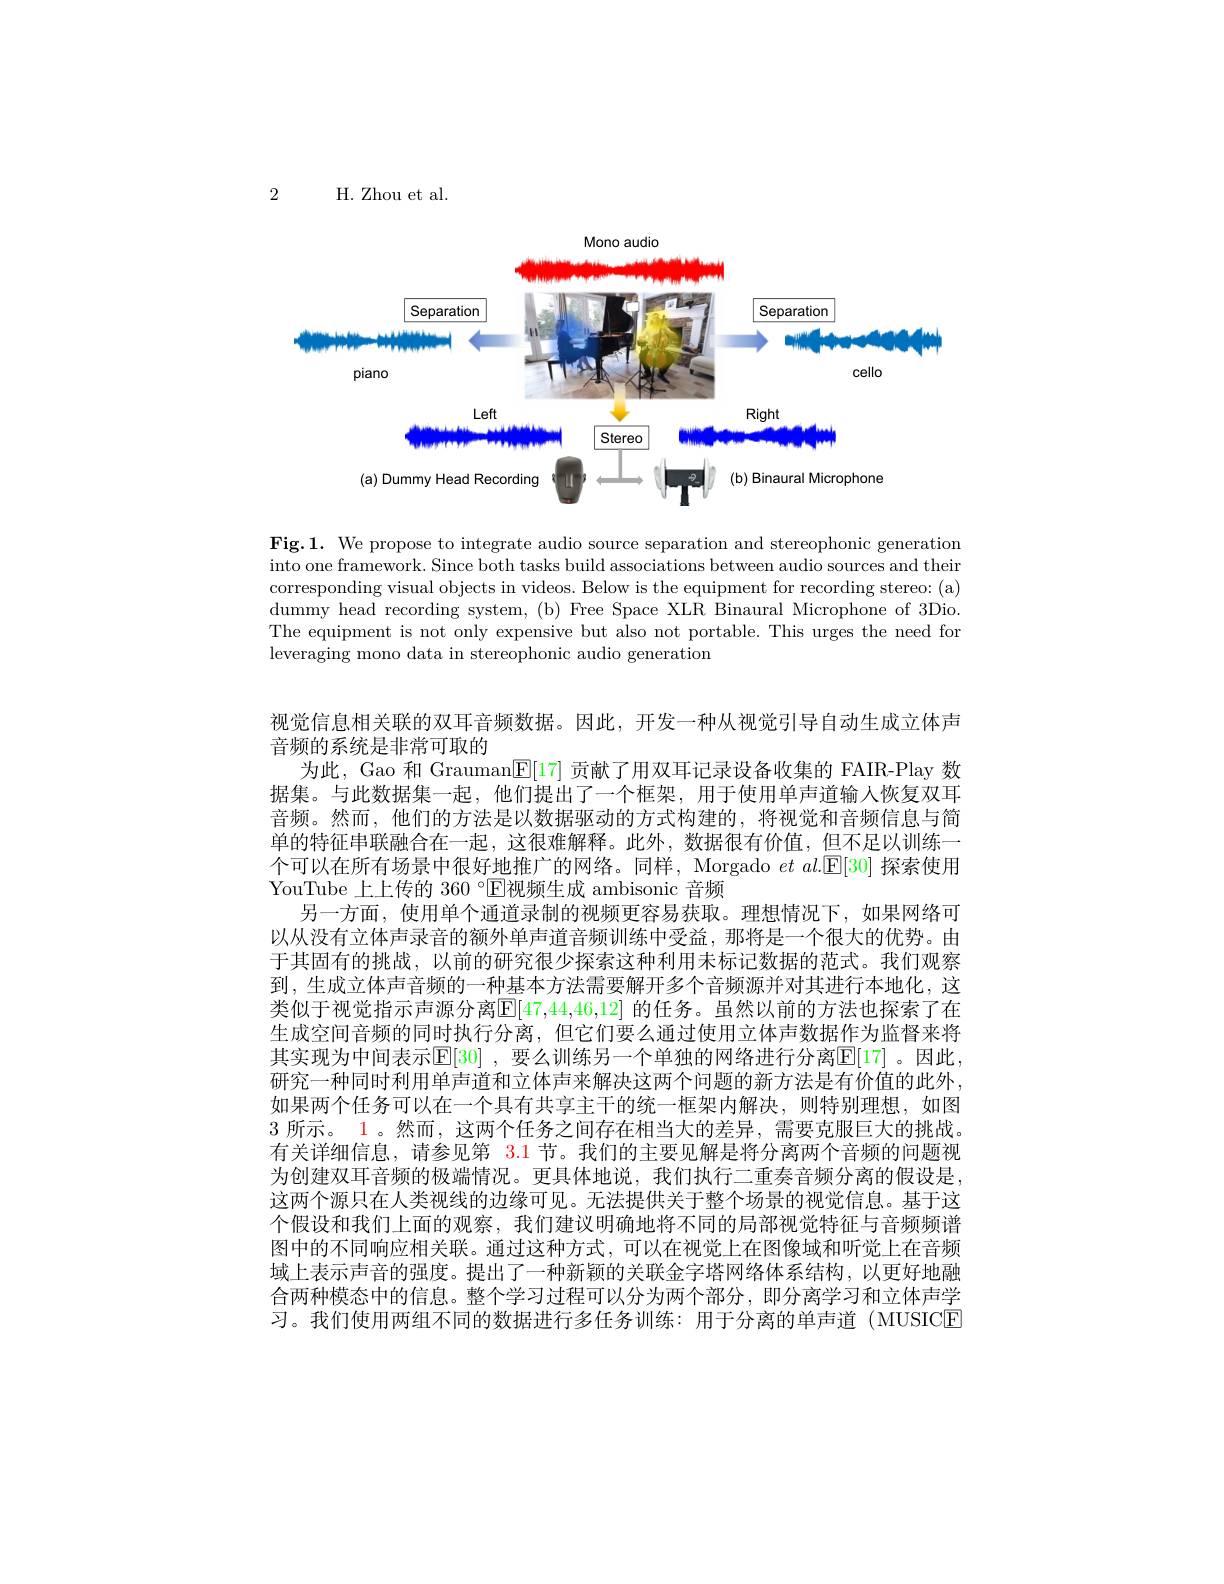
2

H. Zhou et al.

<FigureHere>

Fig.1. We propose to integrate audio source separation and stereophonic generation into one framework. Since both tasks build associations between audio sources and their corresponding visual objects in videos. Below is the equipment for recording stereo: (a) dummy head recording system, (b) Free Space XLR Binaural Microphone of 3Dio. The equipment is not only expensive but also not portable. This urges the need for leveraging mono data in stereophonic audio generation

视觉信息相关联的双耳音频数据。因此，开发一种从视觉引导自动生成立体声
音频的系统是非常可取的
为此，Gao 和 Grauman$|\mathbb{E}|[17]$贡献了用双耳记录设备收集的 FAIR-Play 数据集。与此数据集一起，他们提出了一个框架，用于使用单声道输人恢复双耳音频。然而，他们的方法是以数据驱动的方式构建的，将视觉和音频信息与简单的特征串联融合在一起，这很难解释。此外，数据很有价值，但不足以训练一个可以在所有场景中很好地推广的网络。同样，Morgado $et$ $al.[\mathbb{E}[30]$探索使用YouTube 上上传的 360°CE视频生成 ambisonic 音频
另一方面，使用单个通道录制的视频更容易获取。理想情况下，如果网络可以从没有立体声录音的额外单声道音频训练中受益，那将是一个很大的优势。由于其固有的挑战，以前的研究很少探索这种利用未标记数据的范式。我们观察到，生成立体声音频的一种基本方法需要解开多个音频源并对其进行本地化，这类似于视觉指示声源分离$\mathbb{E}[47,44,46,12]$ 的任务。虽然以前的方法也探索了在生成空间音频的同时执行分离，但它们要么通过使用立体声数据作为监督来将其实现为中间表示$\mathbb{E}[30]$ ,要么训练另一个单独的网络进行分离$\mathbb{E}[17]$ 。因此， 研究一种同时利用单声道和立体声来解决这两个问题的新方法是有价值的此外， 如果两个任务可以在一个具有共享主干的统一框架内解决，则特别理想，如图3所示。1。然而，这两个任务之间存在相当大的差异，需要克服巨大的挑战。有关详细信息，请参见第 3.1 节。我们的主要见解是将分离两个音频的问题视为创建双耳音频的极端情况。更具体地说，我们执行二重奏音频分离的假设是， 这两个源只在人类视线的边缘可见。无法提供关于整个场景的视觉信息。基于这个假设和我们上面的观察，我们建议明确地将不同的局部视觉特征与音频频谱图中的不同响应相关联。通过这种方式，可以在视觉上在图像域和听觉上在音频域上表示声音的强度。提出了一种新颖的关联金字塔网络体系结构，以更好地融合两种模态中的信息。整个学习过程可以分为两个部分，即分离学习和立体声学